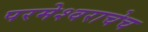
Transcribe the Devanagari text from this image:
परमेश्वराचेच